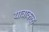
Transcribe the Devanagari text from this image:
यात्राकळ्